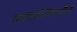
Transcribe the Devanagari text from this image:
निर्मितीविषयीचे